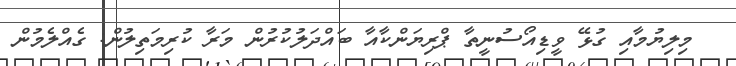
މިލިޔުމާއި ގުޅޭ ވީޑިއޯސުނީތާ ޕްރިޔަންކާއާ ބައްދަލުކުރުން މަރާ ކުރިމަތިލުން: ގެއްލެމުން